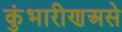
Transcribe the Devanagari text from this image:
कुंभारीणअसे